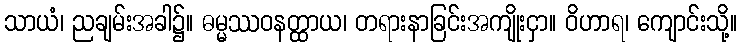
သာယံ၊ ညချမ်းအခါ၌။ ဓမ္မဿဝနတ္ထာယ၊ တရားနာခြင်းအကျိုးငှာ။ ဝိဟာရ၊ ကျောင်းသို့။